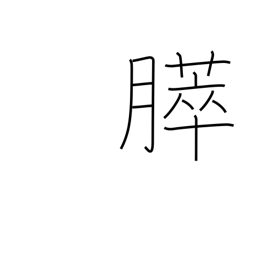
Meaning: pancreas